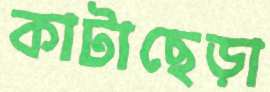
কাটাছেড়া